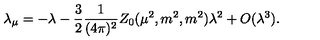
\lambda _ { \mu } = - \lambda - \frac { 3 } { 2 } \frac { 1 } { ( 4 \pi ) ^ { 2 } } Z _ { 0 } ( \mu ^ { 2 } , m ^ { 2 } , m ^ { 2 } ) \lambda ^ { 2 } + O ( \lambda ^ { 3 } ) .